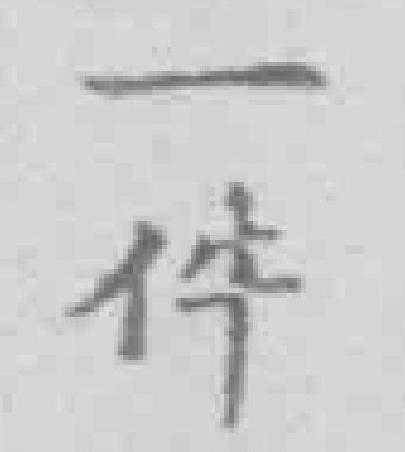
一件